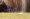
ستحصل